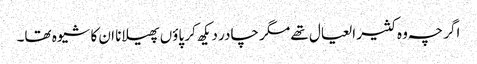
اگر چہ وہ کثیر العیال تھے مگر چادر دیکھ کر پاؤں پھیلانا ان کا شیوہ تھا۔